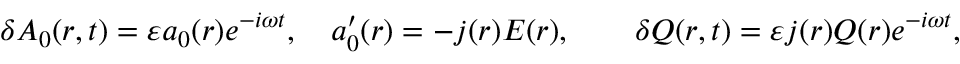
\begin{array} { r } { \delta A _ { 0 } ( r , t ) = \varepsilon a _ { 0 } ( r ) e ^ { - i \omega t } , \quad a _ { 0 } ^ { \prime } ( r ) = - j ( r ) E ( r ) , \qquad \delta Q ( r , t ) = \varepsilon j ( r ) Q ( r ) e ^ { - i \omega t } , \qquad } \end{array}